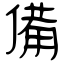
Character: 備